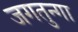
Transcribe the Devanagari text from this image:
जगतुन्गा